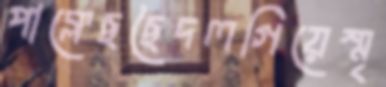
পাক্‌লেছছৈদলগিয়েস্মৃ